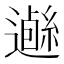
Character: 𨗰